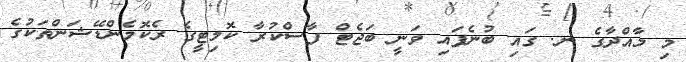
މި މާއްދާގެ ނ. ގައި ބުނެފައި ވަނީ ބަޖެޓް ފާސްކުރާ ކޮމިޓީގެ ރެކޮމެންޑޭޝަންތަކުގެ